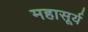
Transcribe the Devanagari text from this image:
महासूर्य